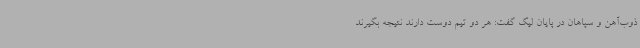
ذوب‌آهن و سپاهان در پایان لیگ گفت: هر دو تیم دوست دارند نتیجه بگیرند